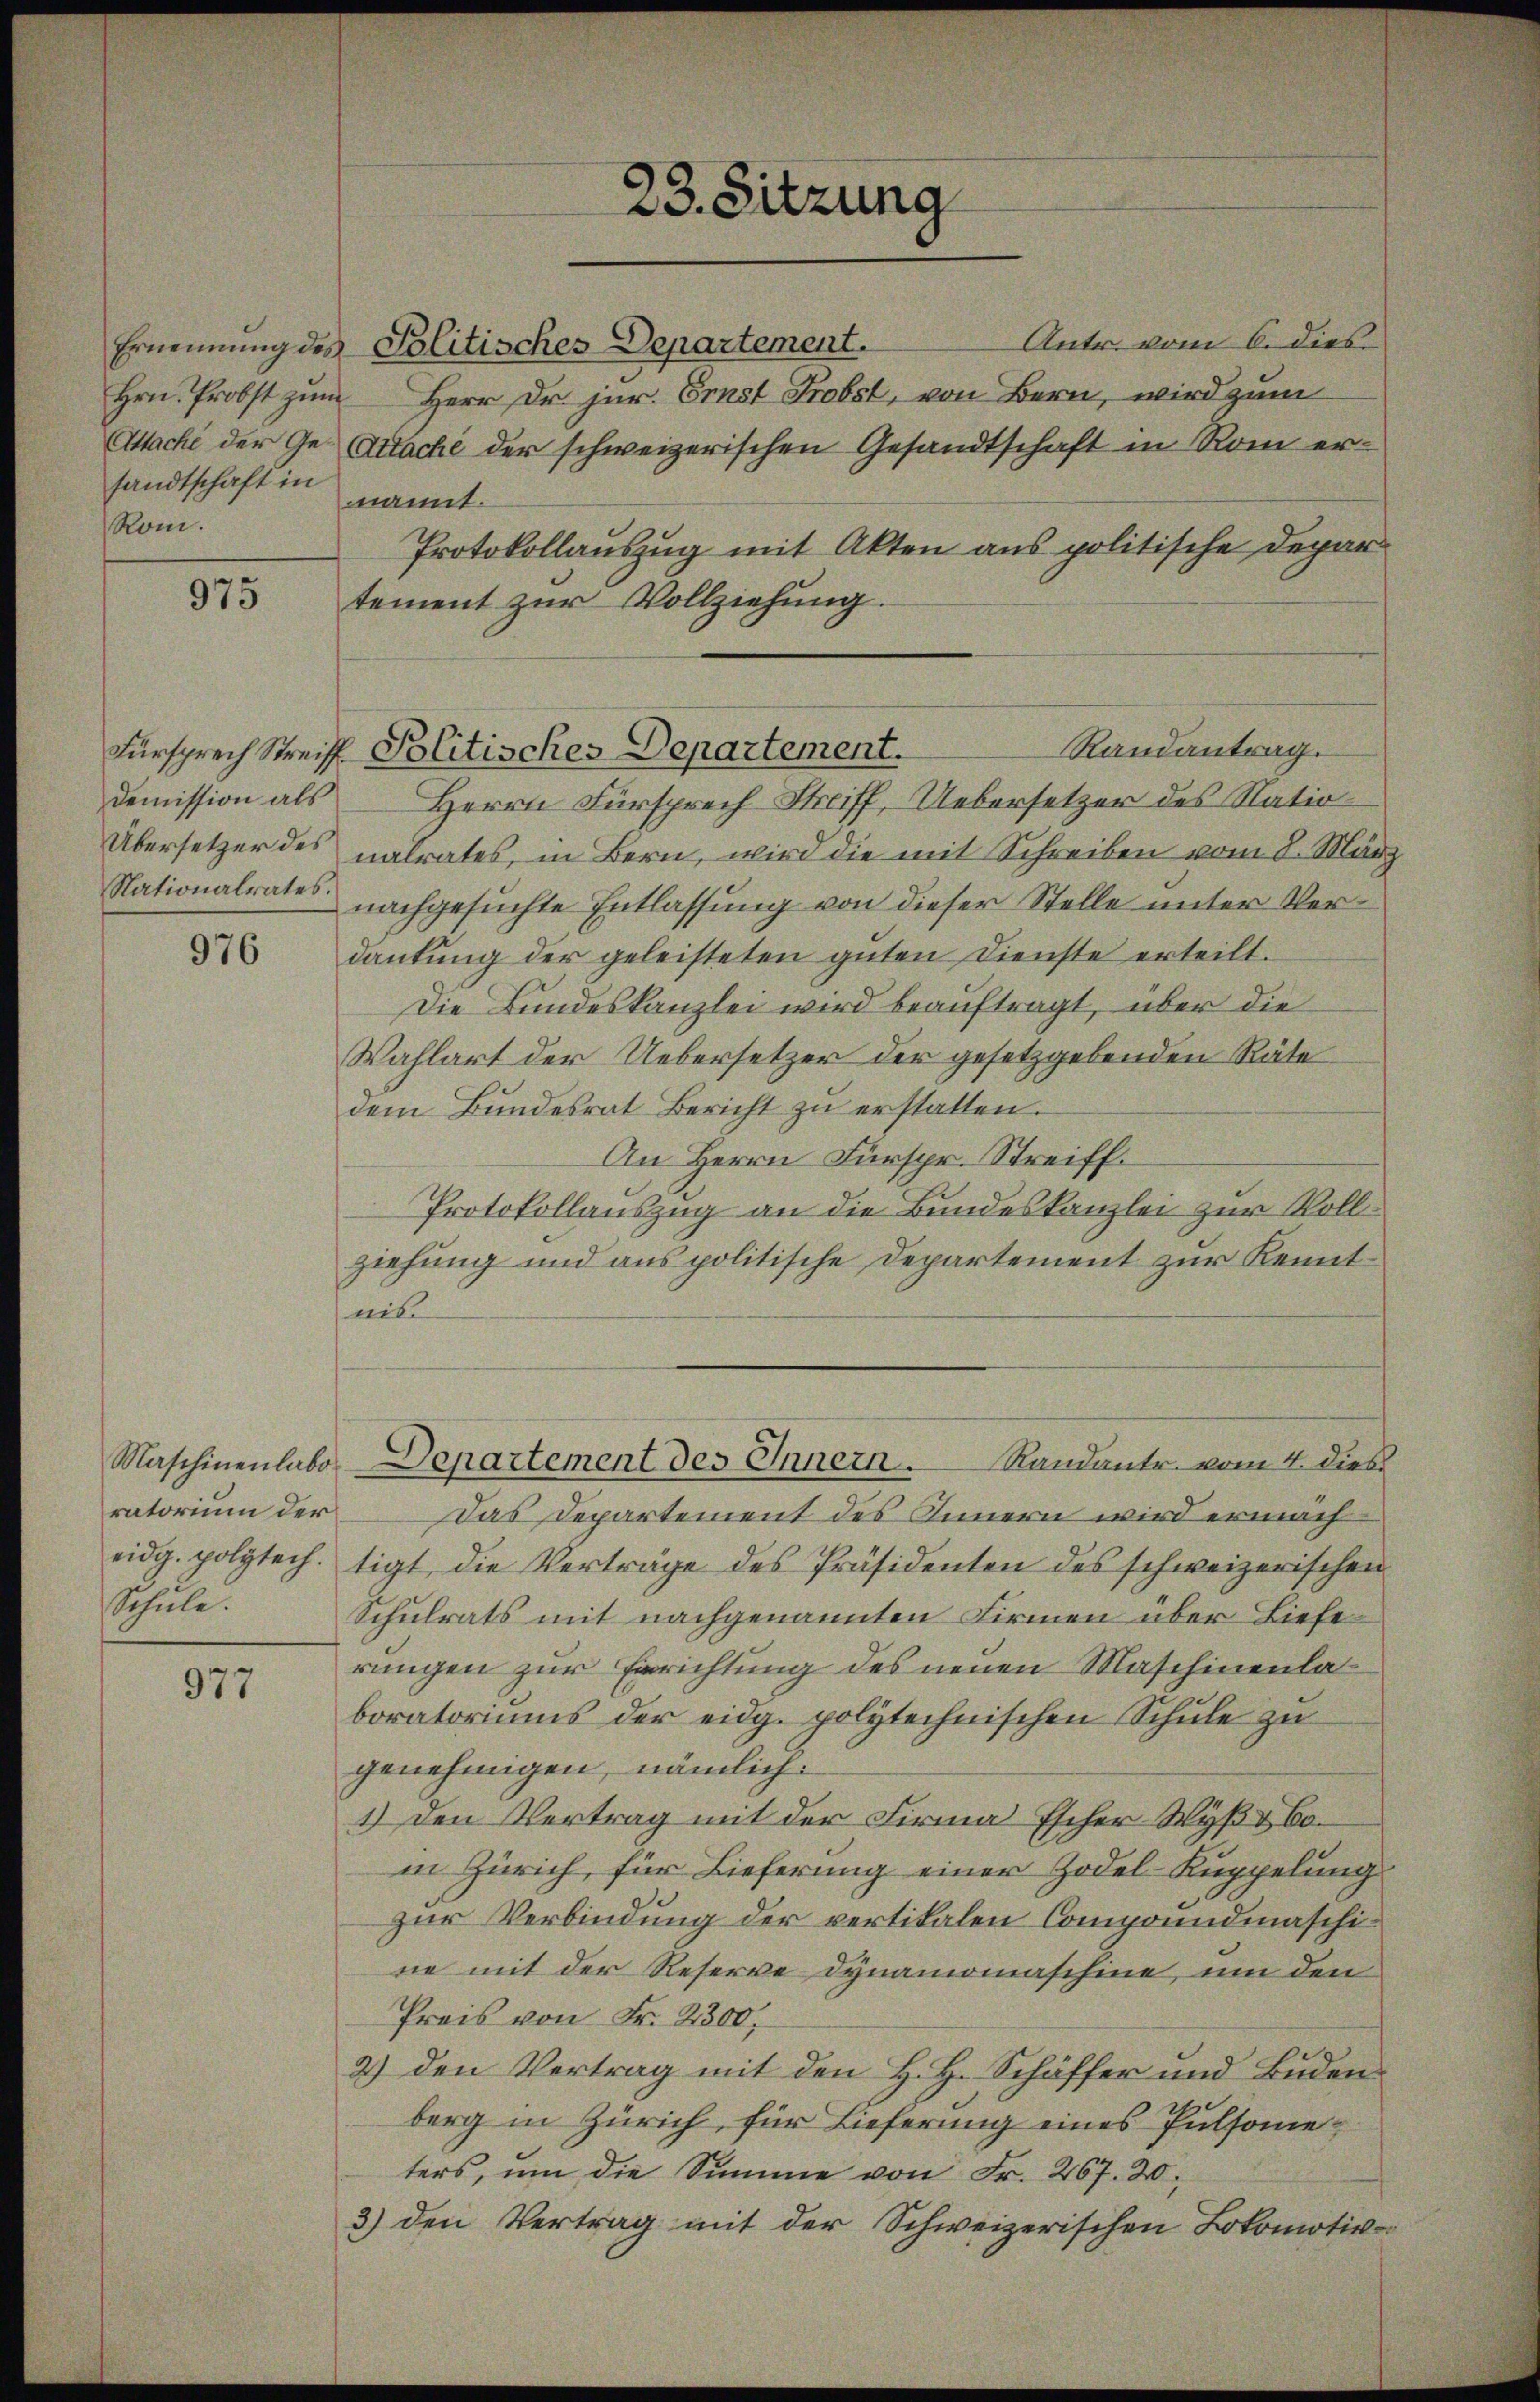
Attache der Gesandtschaft in
Rom.

975

976

ratorium der
eidg. polytech.
Schule.

977

23. Sitzung

Antr. vom 6. dies
Ernennung des Politisches Departement.
Hrn. Probst zum Herr Dr. jur. Erst Probst, von Bern, wird zum
Attache der schweizerischen Gesandtschaft in Rom ernannt.
Protokollauszug mit Akten aus politische Departement zur Vollziehung.
Demission als Herrn Fürsprech Streiff, Uebersetzer des Natio
Übersetzer des natrates, in Bern, wird die mit Schreiben vom 8. März
Nationalrates nachgesŭchte Entlassŭng von dieser Stelle unter Ver-
dankung der geleisteten guten Dienste erteilt.
Die Bundeskanzlei wird beauftragt, über die
Wahlart der Uebersetzer der gesetzgebenden Räte
dem Bŭndesrat Bericht zŭ erstatten.
An Herrn Fürspr. Streiff.
Protokollauszug an die Bundeskanzlei zur Rollziehung und aus politische Departement zur Kenntaib
Naschinenlabo-Departement des Innern.
Randantr. vom 4. dies
Das Departement des Innern wird ermachtigt, die Verträge des Präsidenten des schweizerischen
Schulrats mit nachgenannten Firmen über Lieferungen zur Errichtung des neuen Maschinenlaboratoriums der eidg. polytechnischen Schule zu
genehmigen, nämlich:
1.) Den Vertrag mit der Firma Escher Wyß & Boin Zürich, für Lieferung einer Zodel-Kuppelung
zur Verbindung der vertikalen Compoundmaschine mit der Reserve Dynamomaschine, um den
Preis von Fr. 2300,
2) den Vertrag mit den H. H. Schäffer und Buden
berg in Zürich, für Lieferung eines Pulsometers, um die Summe von Fr. 267. 20.
3) den Vertrag mit der Schweizerischen Lokomotiv-

Randantrag.
Fürsprech Streiff Politisches Departement.